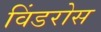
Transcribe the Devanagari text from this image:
विंडरोस